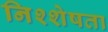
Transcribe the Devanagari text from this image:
निश्शेषता